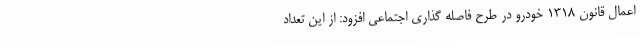
اعمال قانون 1318 خودرو در طرح فاصله گذاری اجتماعی افزود: از این تعداد